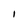
Character: i